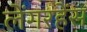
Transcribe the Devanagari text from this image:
लेंगरहेंस